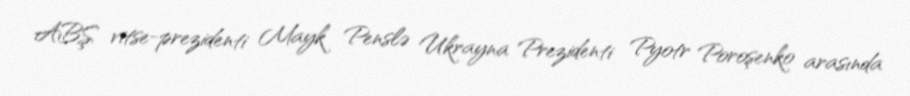
ABŞ vitse-prezidenti Mayk Penslə Ukrayna Prezidenti Pyotr Poroşenko arasında